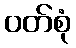
ဝတ်စုံ